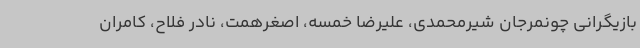
بازیگرانی چونمرجان شیرمحمدی، علیرضا خمسه، اصغرهمت، نادر فلاح، کامران